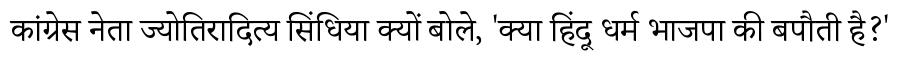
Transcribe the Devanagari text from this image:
कांग्रेस नेता ज्योतिरादित्य सिंधिया क्यों बोले, 'क्या हिंदू धर्म भाजपा की बपौती है?'